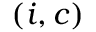
( \boldsymbol { i } , \boldsymbol { c } )